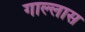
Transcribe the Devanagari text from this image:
गाल्लास